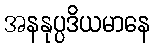
အနနုပ္ပဒိယမာနေ